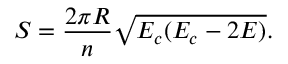
S = \frac { 2 \pi R } { n } \sqrt { E _ { c } ( E _ { c } - 2 E ) } .